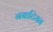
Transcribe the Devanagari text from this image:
नबाटियन